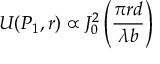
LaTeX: U ( P _ { 1 } , r ) \propto J _ { 0 } ^ { 2 } \left( { \frac { \pi r d } { \lambda b } } \right)